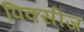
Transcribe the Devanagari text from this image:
पिक्सीज